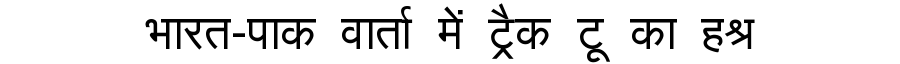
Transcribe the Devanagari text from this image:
भारत-पाक वार्ता में ट्रैक टू का हश्र